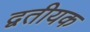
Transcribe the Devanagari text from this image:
द्वतीयक